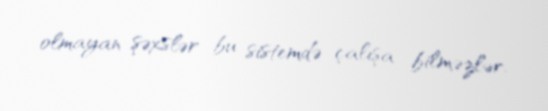
olmayan şəxslər bu sistemdə çalışa bilməzlər.